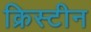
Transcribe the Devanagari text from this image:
क्रिस्‍टीन